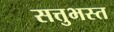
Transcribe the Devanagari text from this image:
सत्तुभस्त